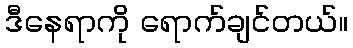
ဒီနေရာကို ရောက်ချင်တယ်။